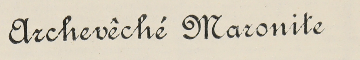
Archevêché Maronite